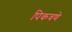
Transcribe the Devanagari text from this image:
पिकवणे